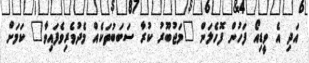
އަދި އެ ވީޑިއޯ ފަހުން ފޮހެލަން "މަޖުބޫރު ކުރާ ސަބަބުތަކެއް މެދުވެރިވެފައިވާ" ކަމަށް